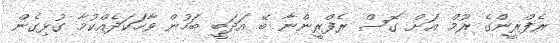
ރެފްރީންގެ ރޫމް އަށް ގޮސް ރެފްރީންނާ ބޭ އަދަބީ ބަހުން ވާހަކަދެއްކުމާ ގުޅިގެން